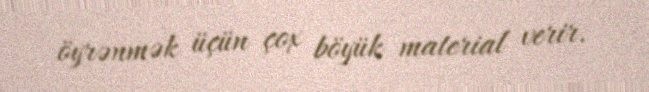
öyrənmək üçün çox böyük material verir.